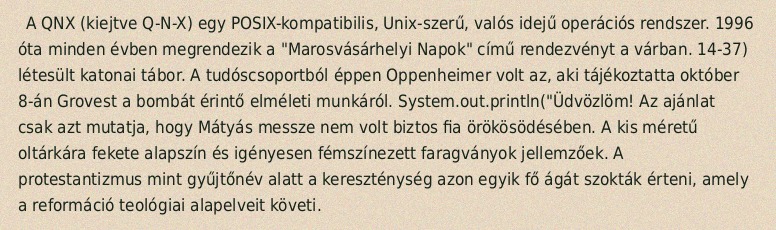
A QNX (kiejtve Q-N-X) egy POSIX-kompatibilis, Unix-szerű, valós idejű operációs rendszer. 1996 óta minden évben megrendezik a "Marosvásárhelyi Napok" című rendezvényt a várban. 14-37) létesült katonai tábor. A tudóscsoportból éppen Oppenheimer volt az, aki tájékoztatta október 8-án Grovest a bombát érintő elméleti munkáról. System.out.println("Üdvözlöm! Az ajánlat csak azt mutatja, hogy Mátyás messze nem volt biztos fia örökösödésében. A kis méretű oltárkára fekete alapszín és igényesen fémszínezett faragványok jellemzőek. A protestantizmus mint gyűjtőnév alatt a kereszténység azon egyik fő ágát szokták érteni, amely a reformáció teológiai alapelveit követi.